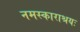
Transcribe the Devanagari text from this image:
नमस्काराश्रयः